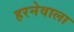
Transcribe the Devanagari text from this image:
हरनेवाला